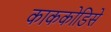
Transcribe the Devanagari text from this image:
काककोडिसे